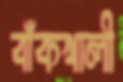
বাঁকখালী